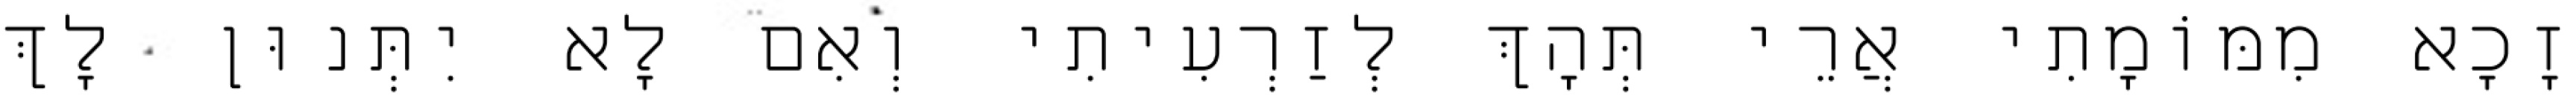
זָכָא מִמּוֹמָתִי אֲרֵי תְּהָךְ לְזַרְעִיתִי וְאִם לָא יִתְּנוּן לָךְ